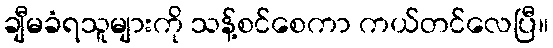
ချီမခံရသူများကို သန့်စင်စေကာ ကယ်တင်လေပြီ။